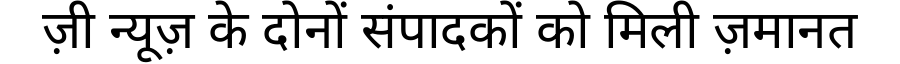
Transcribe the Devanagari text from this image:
ज़ी न्यूज़ के दोनों संपादकों को मिली ज़मानत